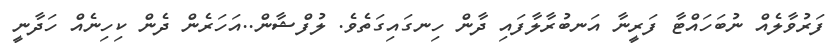
ފަރުވާލެއް ނުބަހައްޓާ ފަރީނާ އަނބުރާލާފައި ދާން ހިނގައިގަތެވެ. ލުފްޝާން..އަހަރެން ދެން ކިހިނެއް ހަދާނީ